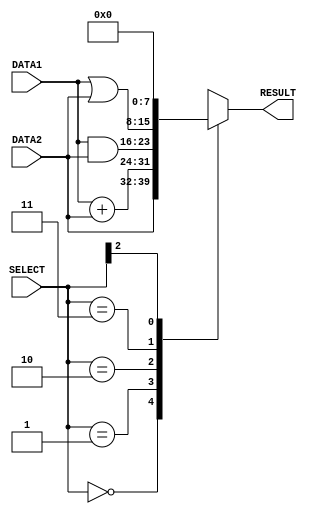
module alu (DATA1, DATA2, RESULT, SELECT);//

	//create 2 8bit registers to store DATA1, DATA2
	input [7:0] DATA1, DATA2;
	//create 3bit register to hold ALU-OP code 
	input [2:0] SELECT;
	//create 8 wires which can output 8 bit binary
	output reg [7:0] RESULT;

	//repeat always block when DATA1, DATA2, SELECT are changing
	always @ (DATA1, DATA2, SELECT)
	begin
		//switch case which do the corresponding operation accordingto the 3bit SELECT value
		casex (SELECT)
			//forward DATA2 values to the RESULT register,loadi and mov
			//delay of a one time segment
			3'b000 : #1 RESULT = DATA2;
			//add DATA1 and DATA2 values together and put to RESULT, add and sub
			//delay of two time segments
			3'b001 : #2 RESULT = DATA1 + DATA2;
			//do and operation bitwise DATA1 and DATA2, and 
			//delay of a one time segment
			3'b010 : #1 RESULT = DATA1 & DATA2;
			//do or operation bitwise DATA1 and DATA2, or
			//delay of a one time segment
			3'b011 : #1 RESULT = DATA1 | DATA2;
			//reserved for the future functional units
			3'b1xx : RESULT = 8'b00000000;
		endcase
	end		


endmodule